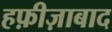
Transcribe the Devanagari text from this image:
हफ़ीज़ाबाद